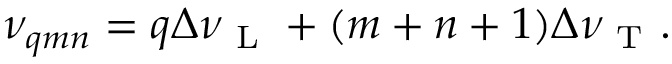
\nu _ { q m n } = q \Delta \nu _ { \mathrm { ~ L ~ } } + ( m + n + 1 ) \Delta \nu _ { \mathrm { ~ T ~ } } .